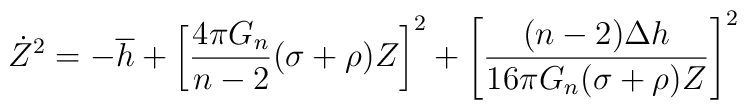
\dot Z ^2 = -\overline{h}+\left[\frac{4 \pi G_n}{n-2}(\sigma+\rho)Z\right]^2+ \left[\frac{(n-2)\Delta h}{16 \pi G_n(\sigma+\rho)Z}\right]^2